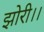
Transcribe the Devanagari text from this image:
झोरी।।